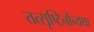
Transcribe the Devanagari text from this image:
तत्सृष्टिर्नान्यथा